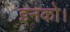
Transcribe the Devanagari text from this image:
इनको।